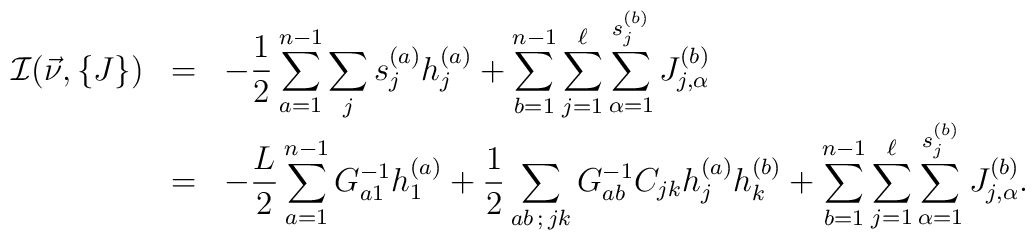
\begin{array}{ccl}{\cal I}(\vec{\nu},\{J\})&=&\displaystyle -{1\over 2}\sum_{a=1}^{n-1}\sum_j s_j^{(a)}h_j^{(a)} +\sum_{b=1}^{n-1}\sum_{j=1}^\ell\sum_{\alpha=1}^{s_j^{(b)}} J^{(b)}_{j,\alpha} \\&=&\displaystyle-{L\over 2}\sum_{a=1}^{n-1}G^{-1}_{a1}h_1^{(a)}+{1\over 2}\sum_{ab\,;\,jk}G^{-1}_{ab}C_{jk}h_j^{(a)}h_k^{(b)}+\sum_{b=1}^{n-1}\sum_{j=1}^\ell\sum_{\alpha=1}^{s_j^{(b)}}J^{(b)}_{j,\alpha}.\end{array}